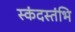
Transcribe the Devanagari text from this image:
स्कंदस्तंभि